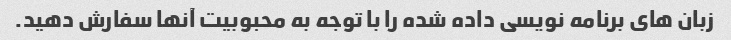
زبان های برنامه نویسی داده شده را با توجه به محبوبیت آنها سفارش دهید.